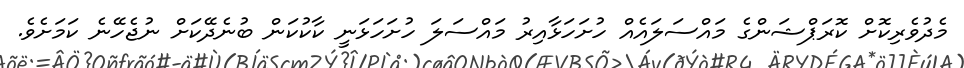
މެދުވެރިކޮށް ކޮރަޕްޝަންގެ މައްސަލައެއް ހުށަހަޅާއިރު މައްސަލަ ހުށަހަޅަނީ ކާކުކަން ބުނެދޭކަށް ނުޖެހޭނެ ކަމަށެވެ.